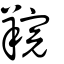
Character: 羦